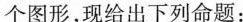
个图形，现给出下列命题：